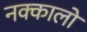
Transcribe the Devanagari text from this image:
नक्कालों